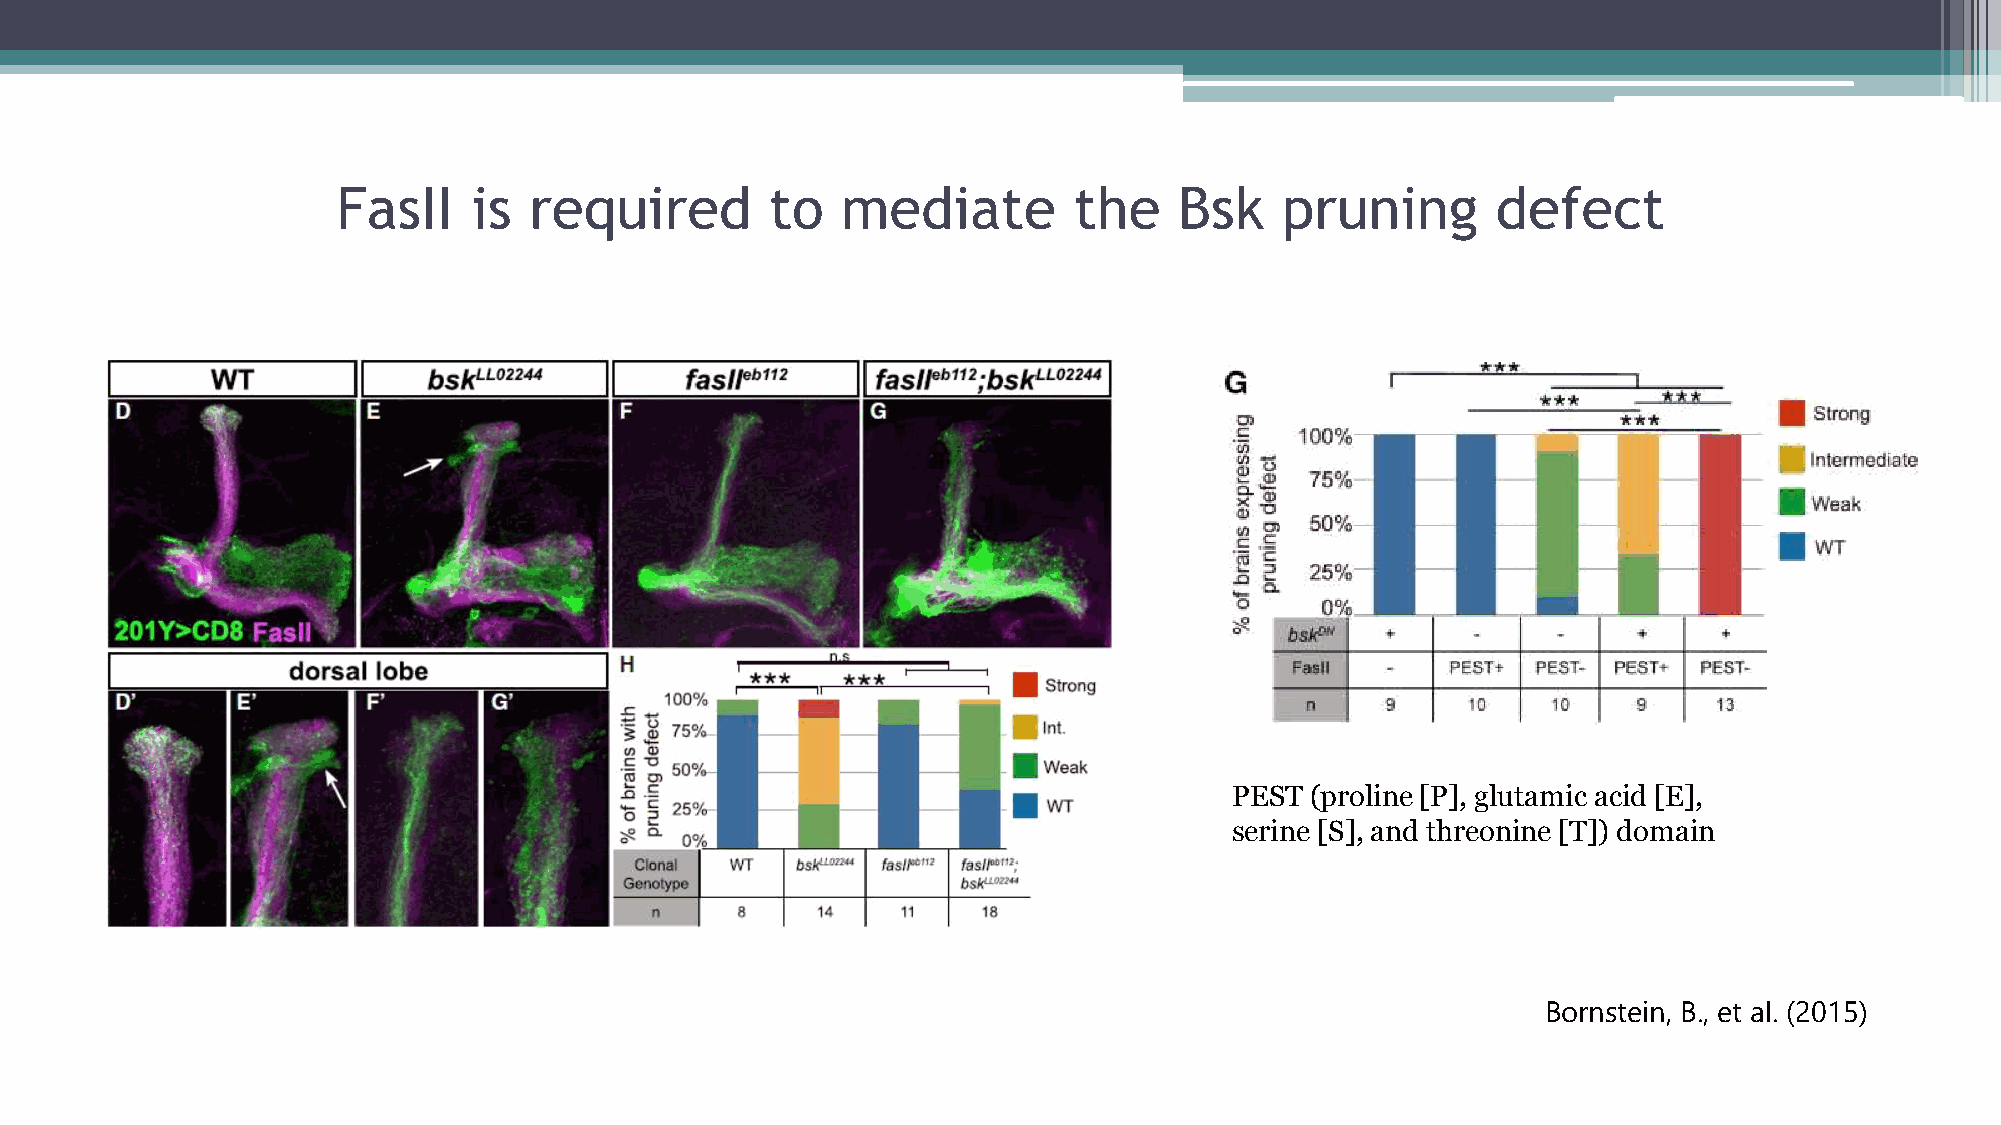
FasII    is  required        to   mediate        the    Bsk    pruning       defect
 PEST (proline [P], glutamic acid [E],
 serine [S], and threonine [T]) domain
 Bornstein, B., et al. (2015)